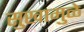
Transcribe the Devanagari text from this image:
सुखामुळे